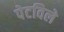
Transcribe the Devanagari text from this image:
पेटविले